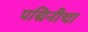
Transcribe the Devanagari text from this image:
पद्मिनीचा